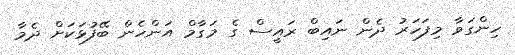
ހިންގަވާ މިފަހަރު ދެން ނައިބް ރައީސް ގެ މަގާމް އަންހެން ބޭފުޅަކަށް ދެމާ